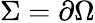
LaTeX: \Sigma=\partial\Omega